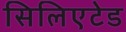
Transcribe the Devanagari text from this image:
सिलिएटेड